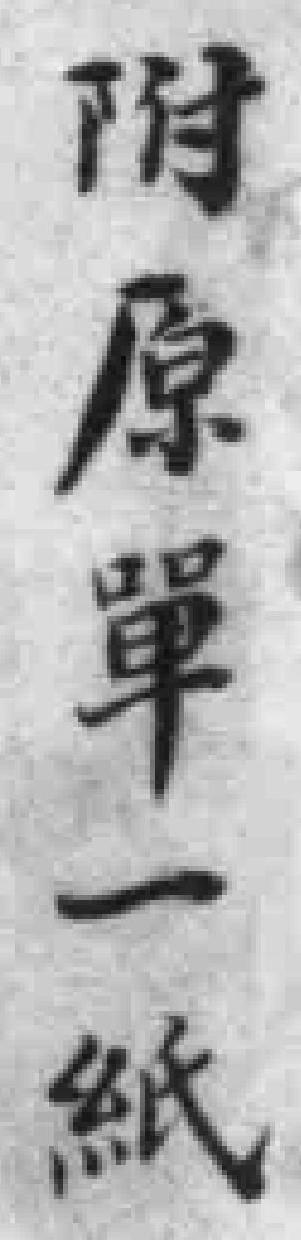
附原單一紙